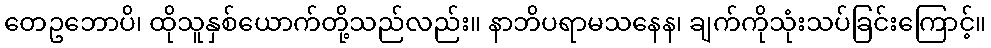
တေဥဘောပိ၊ ထိုသူနှစ်ယောက်တို့သည်လည်း။ နာဘိပရာမသနေန၊ ချက်ကိုသုံးသပ်ခြင်းကြောင့်။